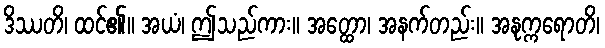
ဒိဿတိ၊ ထင်၏။ အယံ၊ ဤသည်ကား။ အတ္ထော၊ အနက်တည်း။ အနုက္ကရောတိ၊